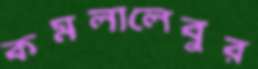
কমলালেবুর